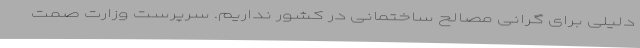
دلیلی برای گرانی مصالح ساختمانی در کشور نداریم. سرپرست وزارت صمت